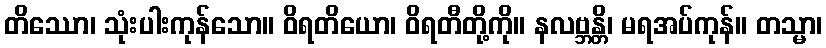
တိဿော၊ သုံးပါးကုန်သော။ ဝိရတိယော၊ ဝိရတီတို့ကို။ နလဗ္ဘန္တိ၊ မရအပ်ကုန်။ တသ္မာ၊